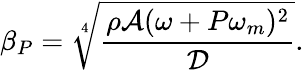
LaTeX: \beta_{P}=\sqrt[4]{\frac{\rho\mathcal{A}(\omega+P\omega_{m})^{2}}{\mathcal{D}}}.